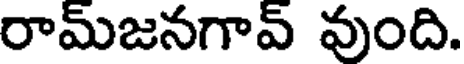
రామ్జనగావ్ వుంది.